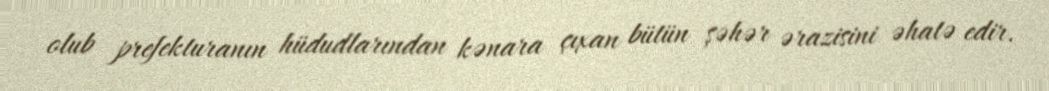
olub prefekturanın hüdudlarından kənara çıxan bütün şəhər ərazisini əhatə edir.